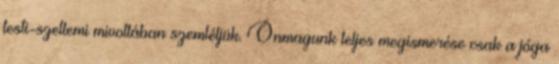
testi-szellemi mivoltában szemléljük. Önmagunk teljes megismerése csak a jóga